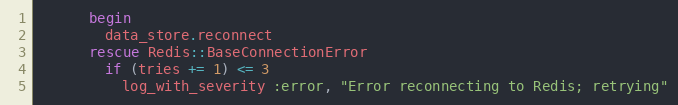
Language: Ruby
      begin
        data_store.reconnect
      rescue Redis::BaseConnectionError
        if (tries += 1) <= 3
          log_with_severity :error, "Error reconnecting to Redis; retrying"